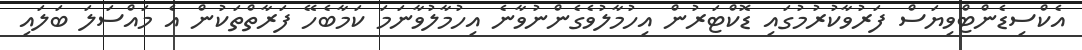
އެކްސިޑެންޓްވިޔަސް ފަރުވާކުރުމުގައި ޑޮކްޓަރުން އިހުމާލުވެގެންނުވާނެ އިހުމާލުވާނަމަ ކަމާބެހޭ ފަރާތްތަކުން އެ މައްސަލަ ބަލައި